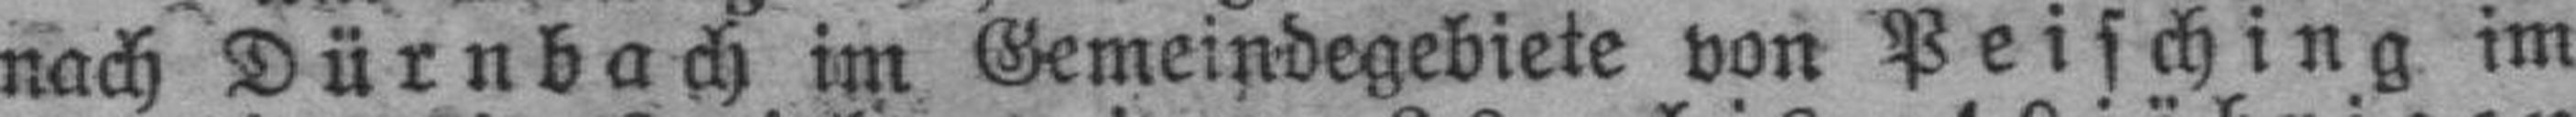
nach Dürnbach im Gemeindegebiete von Peisching im